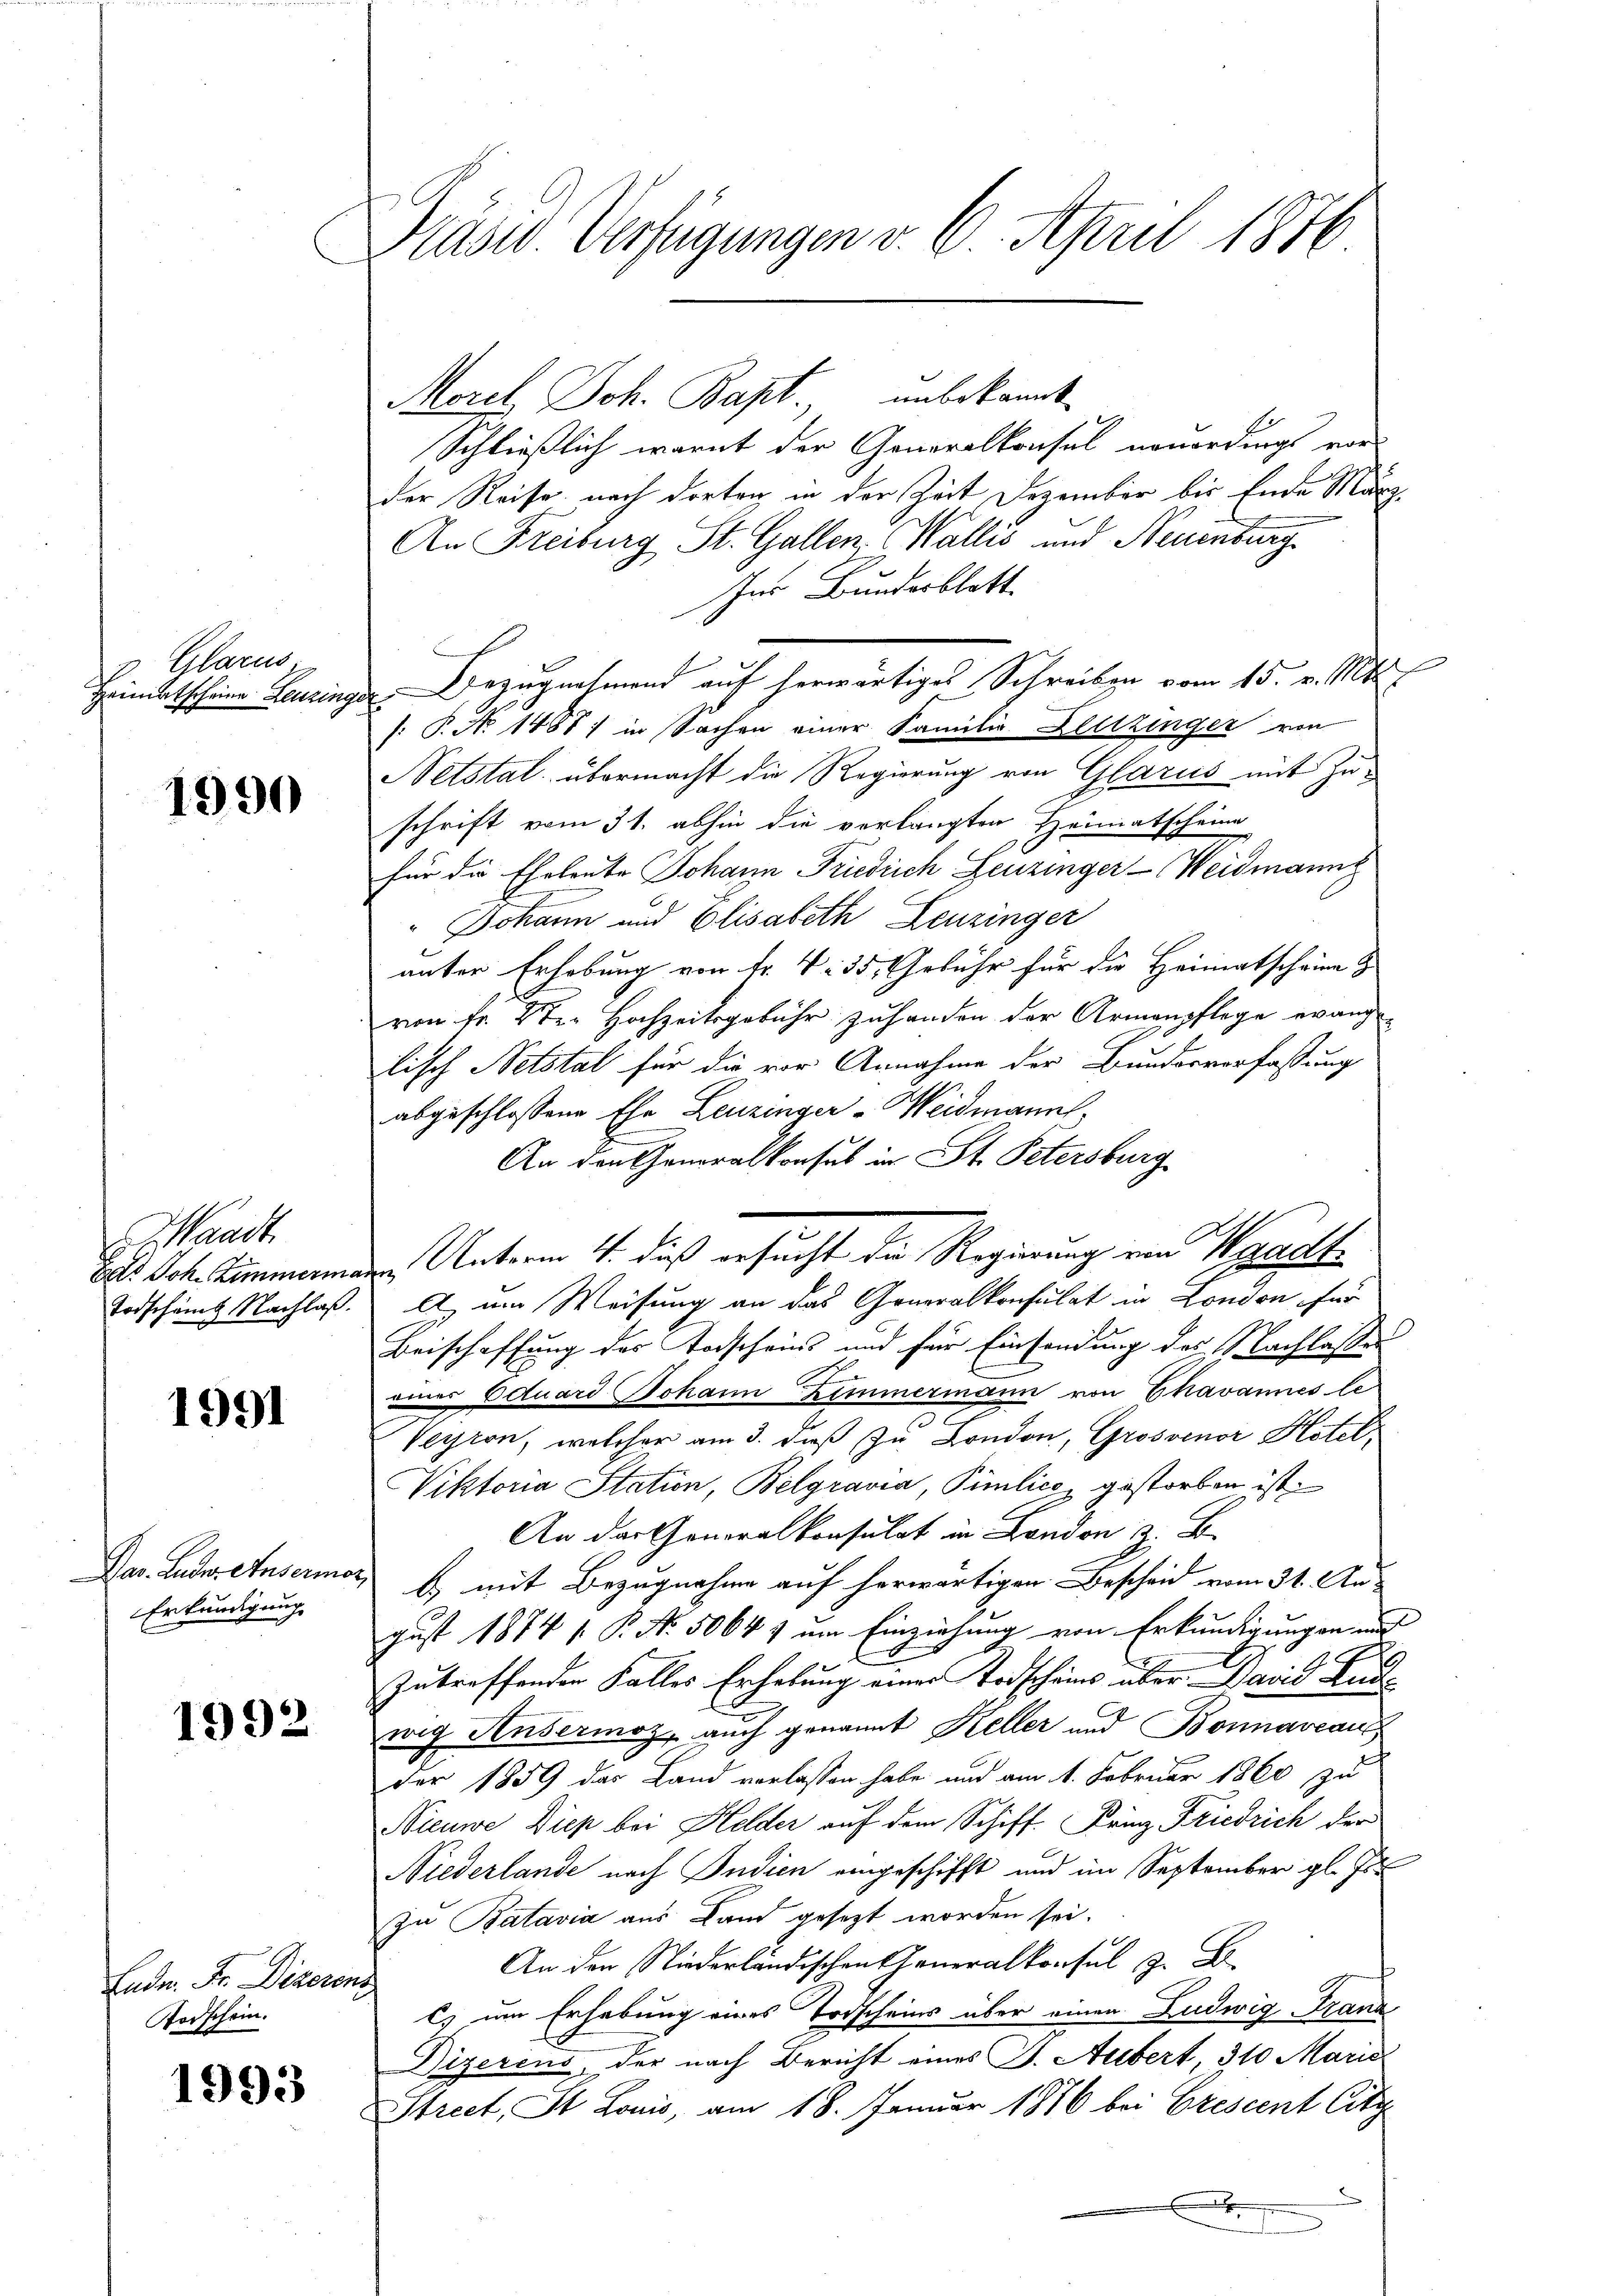
Glarus:
reimatscheine Leuzin

1990

Waadt.
Bat Joh. Zimmerina
Todschämt Nachlaß.

1991

Hrn Decretar
Erkundigung

1992

Ludn. Fr. Diseren
Todschein.

1993

Präsid. Verfügungen v. 6. April 1876

Morel Joh. Bapt., unbekannt.
Schließlich warnt der Generalkonsul neuerdingt von
der Reise nach dorten in der Zeit Dezember bis Ende März
An Freiburg St. Gallen. Wallis und Neuenburg
Ins Bundesblatt
: P. No 1488) in Sachen einer Familie Leitzinger von
Netstal übermacht die Regierung von Glarus mit Zuschrift vom 31. abhin die verlangten Heimatscheine
für die Eheleute Johann Friedrich Leuzinger-Weidmann
" Johann und Elisabeth Leuzinger
unter Erhebung von fr. V. 35, Gebühr für die Heimatscheine &
von Fr. 2ter Hochzeitsgebühr zuhanden der Armenpflege evang
lisch Notstal für die vor Annahme der Bundesverfaßung
abgeschlossene Ehe Leuzinger Weidmann,
An den Generalkonsul in St. Petersburg
A, um Weisung an das Generalkonsulat in London für
Beischaffung des Todscheins und für Einsendung des Nachlasse
 Actuard Johann Zimmermann von Chavannes le
Veyron, welcher am 3. dieß zu London, Grossenor Hotel,
Viktoria Station, Belgravia, Pimlico gestorben ist.
 i n
b) mit Bezugnahme auf herwärtigen Bescheid vom 31. Au
gust 1874 1. P. No. 50641 um Einziehung von Erkundigungen auf
c
zutreffenden Falles Erhebung einer Todscheins über David Ludwig Ansermoz, auch genannt Keller und Bonnaveau
der 1859 das Land verlassen habe und am 1. Februar 1860 zu
Nieuwe Diep bei Helder auf dem Schiff. Friz Friedrich der
Niederlande nach Indien eingeschifft und im September gl. Js
zu Batavia aus Land gesezt worden sei.
An der Niederländischen Generalkonsul zu D
c) um Erhebung eines Todscheins über einen Ludwig Franz
Dizerens, der nach Bericht eines J. Aubert 310 Marie
Strict, St. Louis, am 18. Januar 1886 bei Grescent Citr

Bezugnahmend auf herwärtiges Schreiben vom 15. v. Mts.

Unterm 4. dieß ersucht die Regierung und Waadt